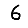
Digit: 6